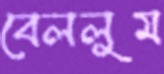
বেললুম